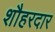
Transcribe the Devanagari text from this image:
शौहरदार